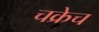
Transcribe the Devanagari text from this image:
चक्रेच